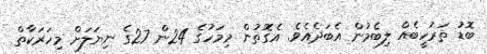
ބޮޑު ތަރުހީބެއް ލިބެމުން އެބަދެއެވެ. އެގޮތުން މިމަހުގެ 24ން 27ގެ ނިޔަލަށް މިހަރަކާތް